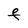
Character: F